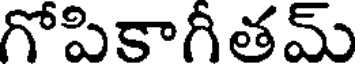
గోపికాగీతమ్